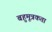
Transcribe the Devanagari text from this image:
बहुमूत्रकता